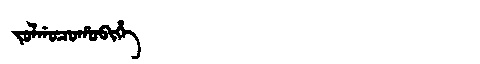
Manchu: ᠵᠣᠯᡤᠣᠴᠣᡥᠣᠪᡳᡥᡝ
Romanization: JOLGOCOHOBIHE